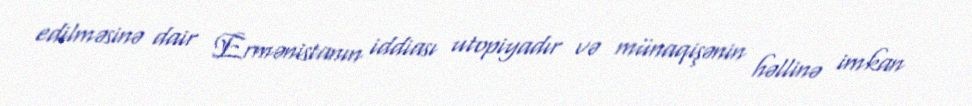
edilməsinə dair Ermənistanın iddiası utopiyadır və münaqişənin həllinə imkan